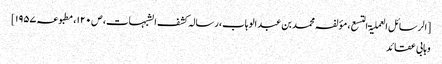
[الرسائل العملیۃ التسع، مؤلفہ محمد بن عبد الوہاب، رسالہ کشف الشبہات، ص۱۲۰، مطبوعہ ۱۹۵۷]
وہابی عقائد